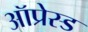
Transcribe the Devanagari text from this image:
ऑप्रेस्ड